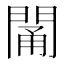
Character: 𨴭